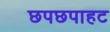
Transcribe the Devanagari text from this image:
छपछपाहट